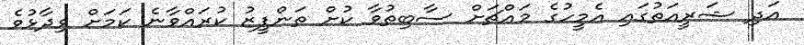
އަދި ޝަރީއަތުގައި އެމީހުގެ މައްޗަށް ސާބިތުވާ ކުށް ތަންފީޒު ކުރައްވާނެ ކަމަށް ވިދާޅުވެ